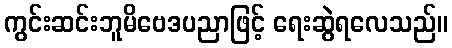
ကွင်းဆင်းဘူမိဗေဒပညာဖြင့် ရေးဆွဲရလေသည်။